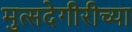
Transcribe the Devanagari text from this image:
मुत्सदेगीरीच्या